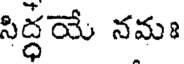
సిద్ధయే నమః